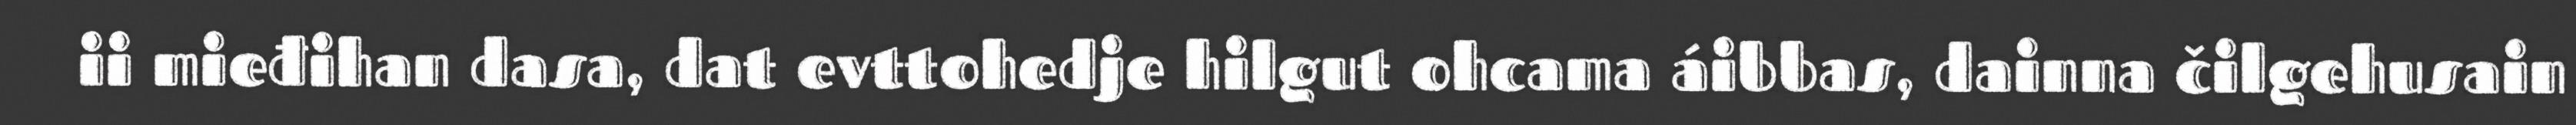
ii mieđihan dasa, dat evttohedje hilgut ohcama áibbas, dainna čilgehusain